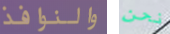
والنوافذ نحن